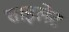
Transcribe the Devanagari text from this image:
साइलेट